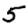
Digit: 5